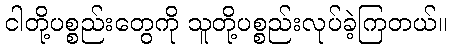
ငါတို့ပစ္စည်းတွေကို သူတို့ပစ္စည်းလုပ်ခဲ့ကြတယ်။